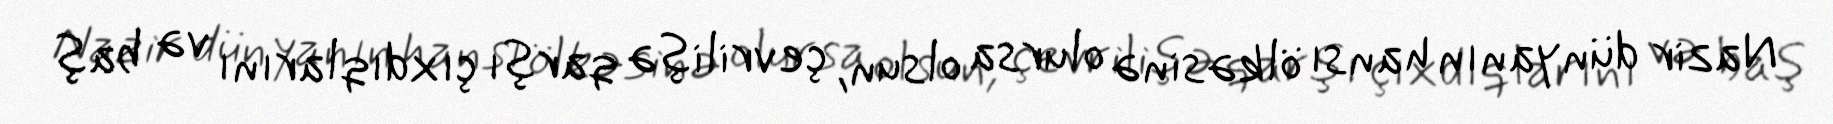
Nazir dünyanın hansı ölkəsinə olursa olsun, çevrilişə qarşı çıxdıqlarını və baş